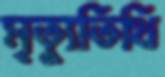
মৃত্যুতিথি